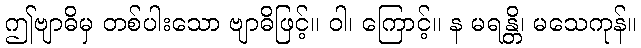
ဤဗျာဓိမှ တစ်ပါးသော ဗျာဓိဖြင့်။ ဝါ၊ ကြောင့်။ န မရန္တိ၊ မသေကုန်။